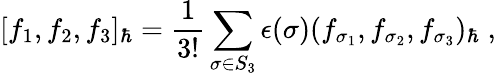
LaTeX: [f_{1},f_{2},f_{3}]_{\hbar}=\frac{1}{3!}\sum_{\sigma\in S_{3}}\epsilon(\sigma)(f_{\sigma_{1}},f_{\sigma_{2}},f_{\sigma_{3}})_{\hbar}\; ,